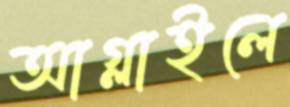
আগ্‌লাইলে